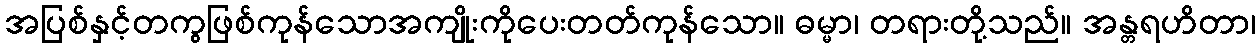
အပြစ်နှင့်တကွဖြစ်ကုန်သောအကျိုးကိုပေးတတ်ကုန်သော။ ဓမ္မာ၊ တရားတို့သည်။ အန္တရဟိတာ၊